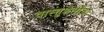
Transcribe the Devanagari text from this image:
वास्तुशैलींचा